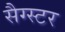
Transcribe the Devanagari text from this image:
सैग्स्टर